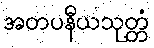
အတပနီယသုတ္တံ